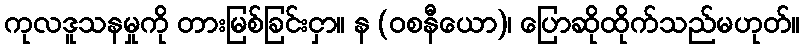
ကုလဒူသနမှုကို တားမြစ်ခြင်းငှာ။ န (ဝစနီယော)၊ ပြောဆိုထိုက်သည်မဟုတ်။